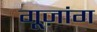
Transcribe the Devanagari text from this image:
गूज़ांग